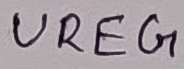
Text: UREG